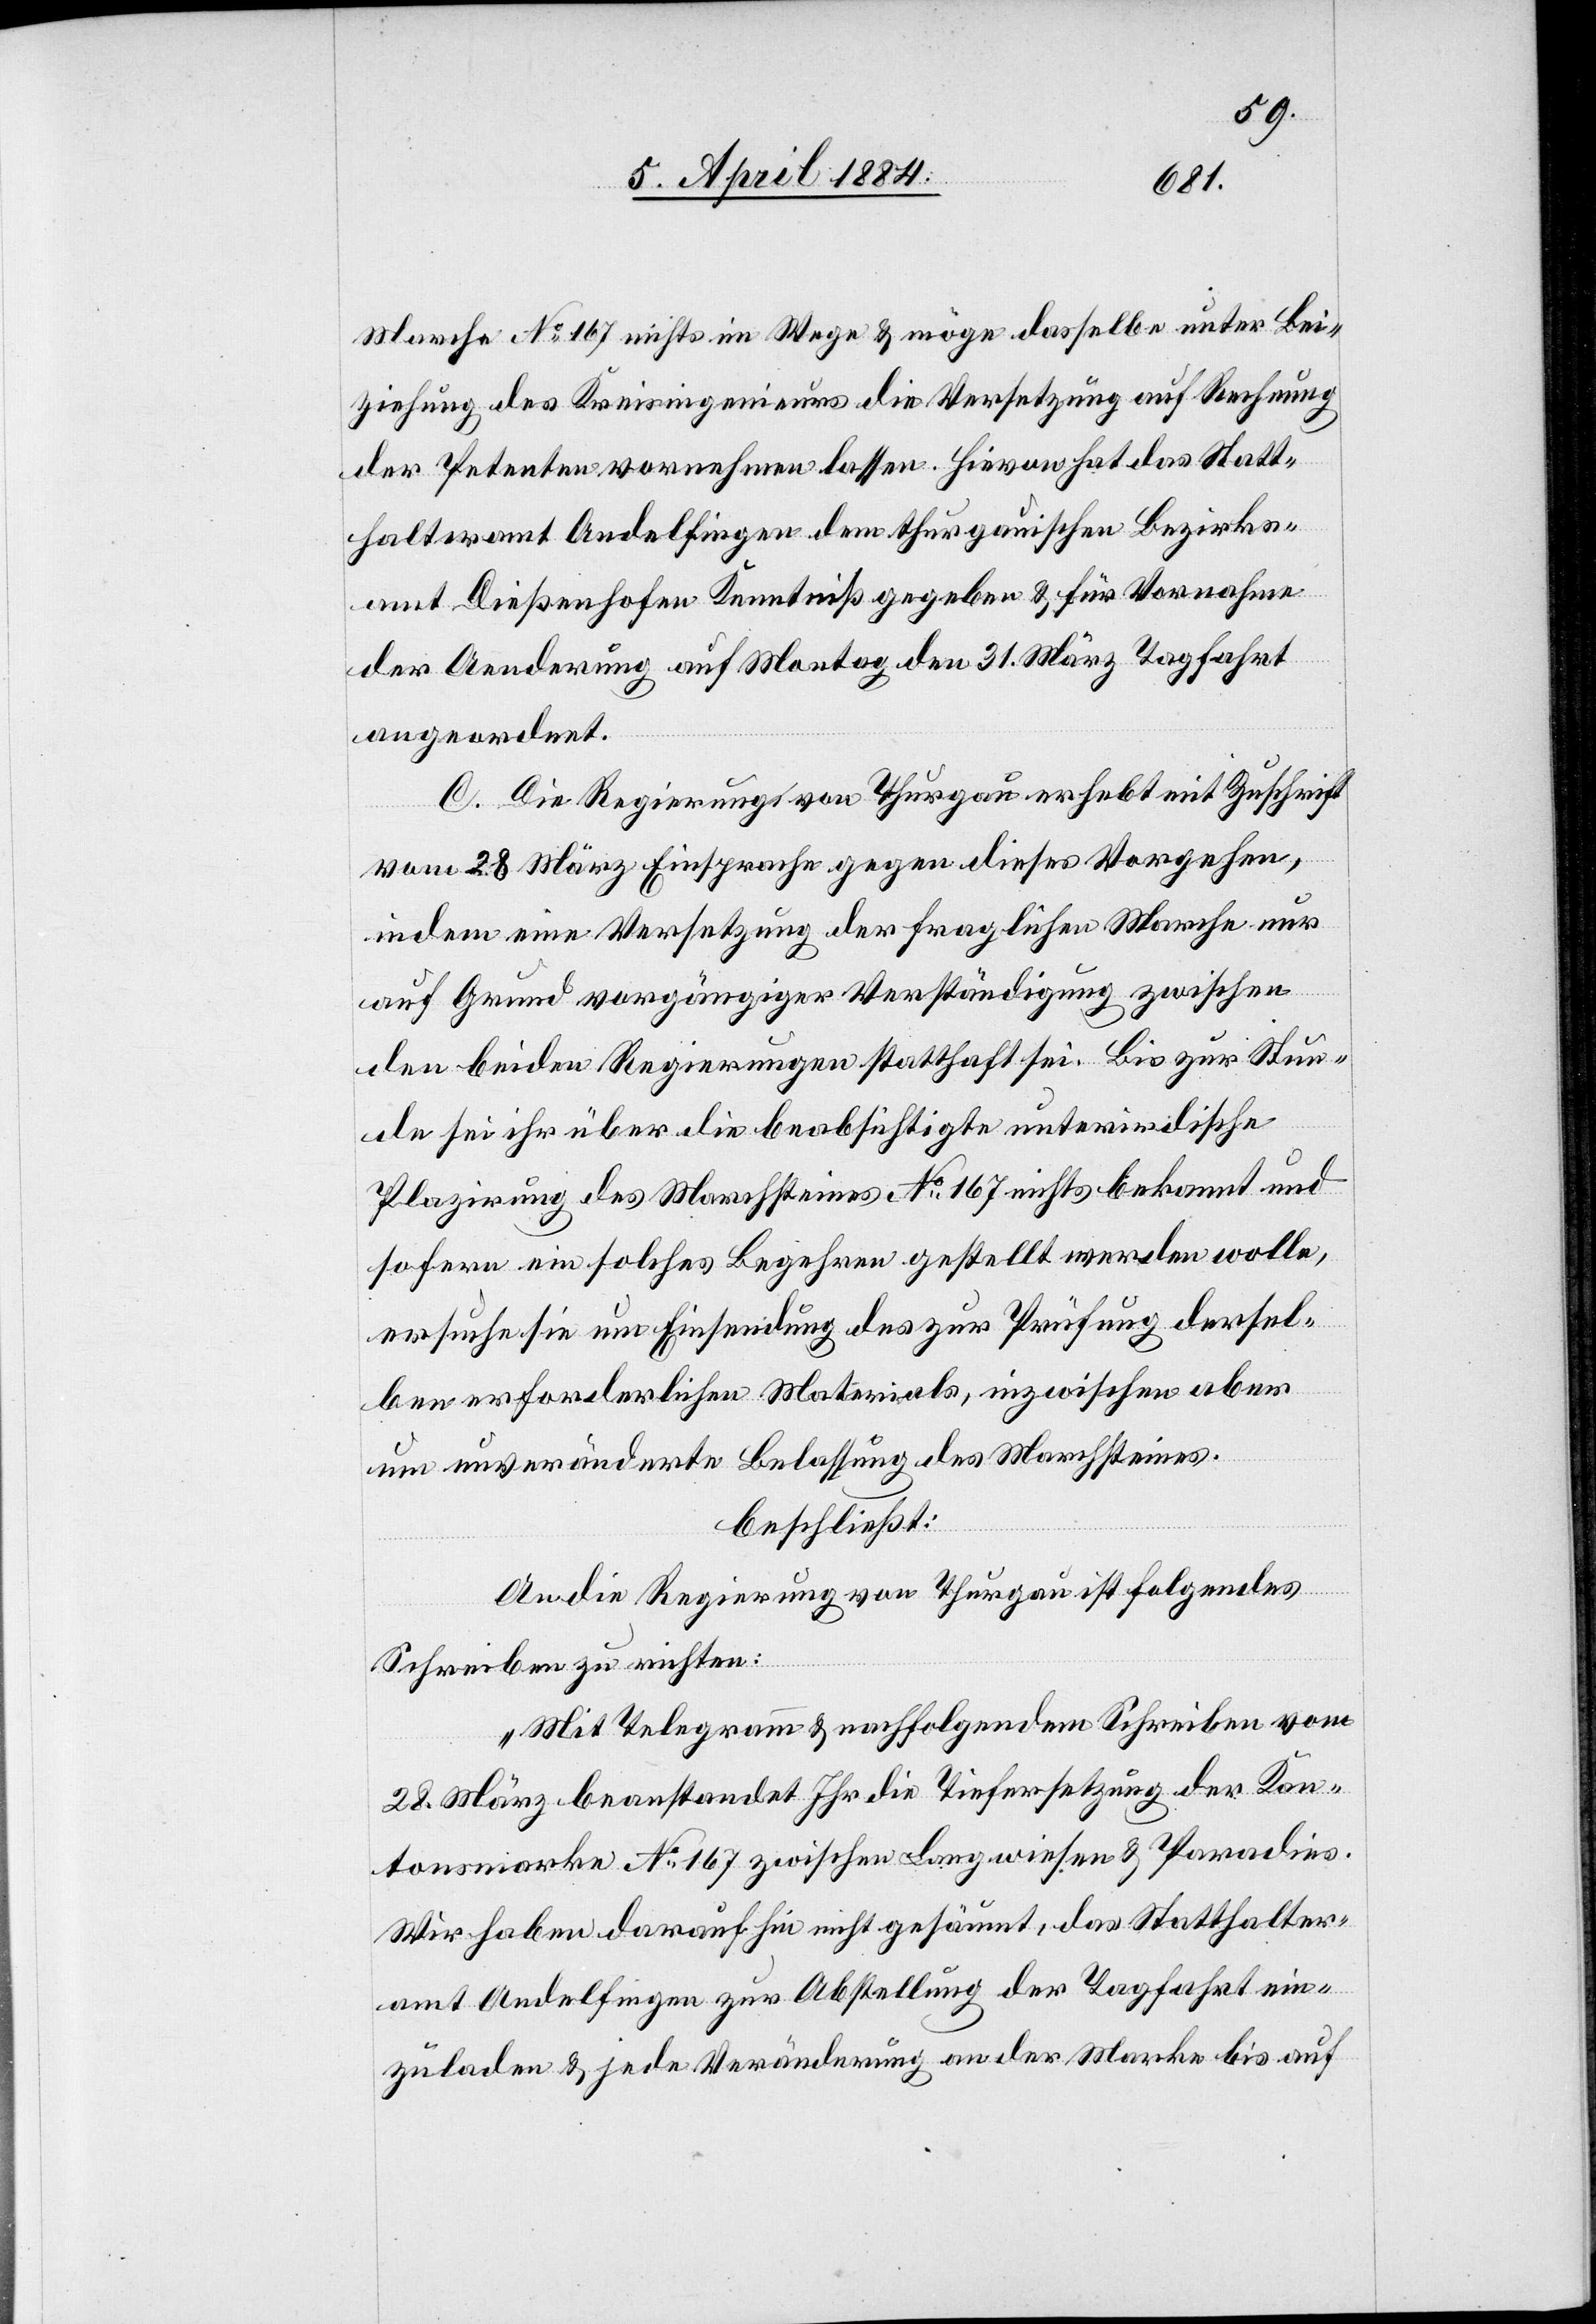
Marche No 167 nichts im Wege & möge dasselbe unter Bei¬
ziehung des Kreisingenieurs die Versetzung auf Rechnung
der Petenten vornehmen lassen. Hievon hat das Statt¬
halteramt Andelfingen dem thurgauischen Bezirks¬
amt Dießenhofen Kenntniß gegeben & für Vornahme
der Aenderung auf Montag den 31. März Tagfahrt
angeordnet.
C. Die Regierung von Thurgau erhebt mit Zuschrift
vom 28. März Einsprache gegen dieses Vorgehen
indem eine Versetzung der fraglichen Marche nur
auf Grund vorgängiger Verständigung zwischen
den beiden Regierungen statthaft sei. Bis zur Stun¬
de sei ihr über die beabsichtigte unterirdische
Plazirung des Marchsteines No167 nichts bekannt und
sofern ein solches Begehren gestellt werden wolle,
ersuche Sie um Einsendung des zur Prüfung dersel¬
ben erforderlichen Materials, inzwischen aber
um unveränderte Belassung des Marchsteines.
beschließt:
An die Regierung von Thurgau ist folgendes
Schreiben zu richten:
„Mit Telegramm & nachfolgendem Schreiben vom
28. März beanstandet Ihr die Tiefersetzung der Kan¬
tonsmarke No 167 zwischen Langwiesen & Paradies.
Wir haben darauf hin nicht gesäumt, das Statthalter¬
amt Andelfingen zur Abstellung der Tagfahrt ein¬
zuladen & jede Veränderung an der Marke bis auf